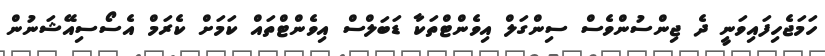
ހަމަޖެހިފައިވަނީ ދެ ޖިންސުންވެސް ސިންގަލް އިވެންޓްތަކާ ޑަބަލްސް އިވެންޓްތައް ކަމަށް ކެރަމް އެސޯސިއޭޝަނުން